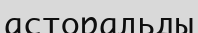
асторальды